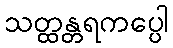
သတ္ထန္တရကပ္ပေါ